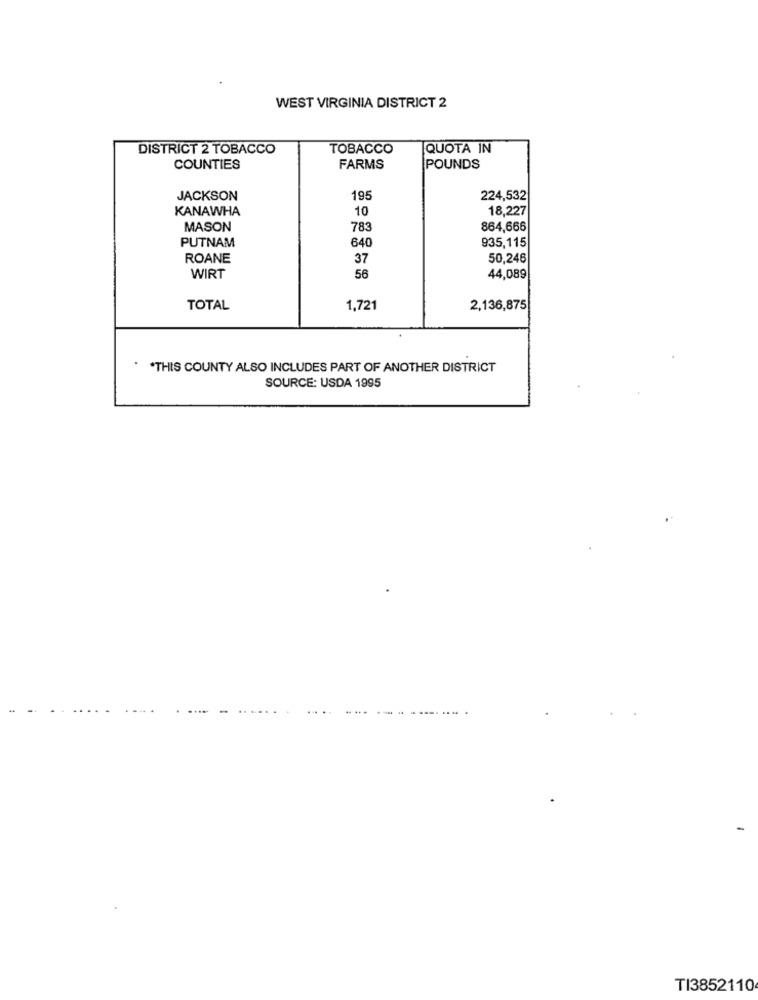
WEST VIRGINIA DISTRICT 2
DISTRICT 2 TOBACCO
TOBACCO
QUOTA IN
COUNTIES
FARMS
POUNDS
JACKSON
195
224,532
KANAWHA
10
18,227
MASON
783
864,666
PUTNAM
640
935,115
ROANE
37
50,246
56
WIRT
44,089
TOTAL
1,721
2,136,875
*THIS COUNTY ALSO INCLUDES PART OF ANOTHER DISTRICT
SOURCE: USDA 1995
TI3852110